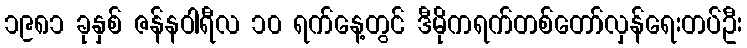
၁၉၈၁ ခုနှစ် ဇန်နဝါရီလ ၁၀ ရက်နေ့တွင် ဒီမိုကရက်တစ်တော်လှန်ရေးတပ်ဦး